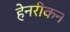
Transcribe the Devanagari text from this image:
हेनरीकन